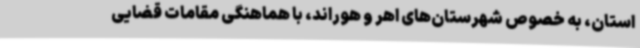
استان، به خصوص شهرستان‌های اهر و هوراند، با هماهنگی مقامات قضایی